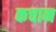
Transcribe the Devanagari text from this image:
कचान